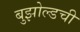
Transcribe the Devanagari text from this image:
बुझोल्डची